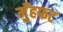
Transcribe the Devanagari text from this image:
मुँहफट